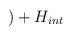
LaTeX: \begin{align*})+H_{int}\end{align*}